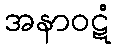
အနာဝဋံ